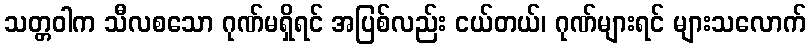
သတ္တဝါက သီလစသော ဂုဏ်မရှိရင် အပြစ်လည်း ငယ်တယ်၊ ဂုဏ်များရင် များသလောက်